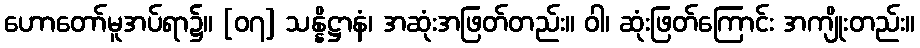
ဟောတော်မူအပ်ရာ၌။ [၀၇] သန္နိဋ္ဌာနံ၊ အဆုံးအဖြတ်တည်း။ ဝါ၊ ဆုံးဖြတ်ကြောင်း အကျိုးတည်း။